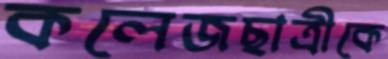
কলেজছাত্রীকে